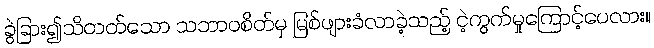
ခွဲခြား၍သိတတ်သော သဘာဝစိတ်မှ မြစ်ဖျားခံလာခဲ့သည့် ငဲ့ကွက်မှုကြောင့်ပေလား။